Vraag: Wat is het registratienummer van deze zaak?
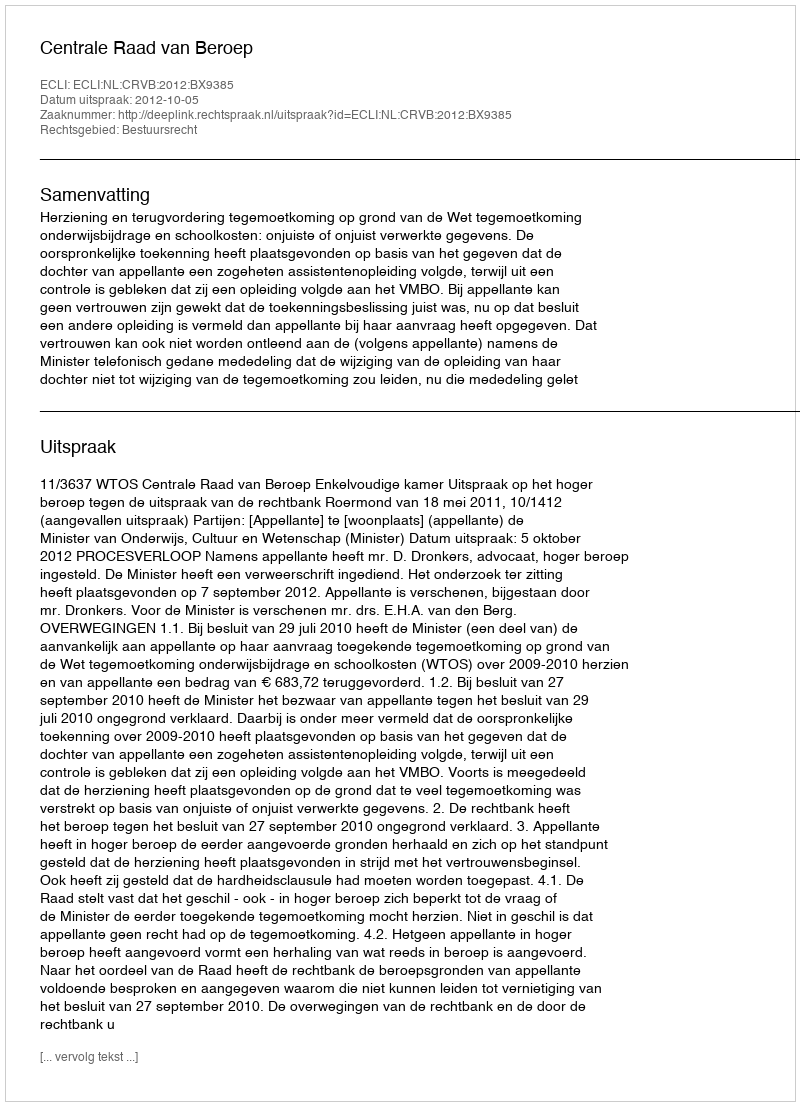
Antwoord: http://deeplink.rechtspraak.nl/uitspraak?id=ECLI:NL:CRVB:2012:BX9385